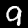
Digit: 9